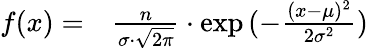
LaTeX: \begin{array}{rl}{f(x)=}&{{}\frac{n}{\sigma\cdot\sqrt{2\pi}}\cdot\exp{(-\frac{(x-\mu)^{2}}{2\sigma^{2}})}}\end{array}